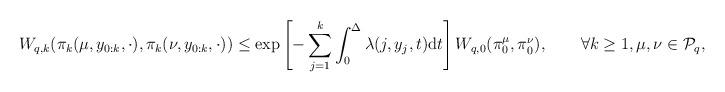
LaTeX: \begin{align*}W_{q,k}(\pi_{k}(\mu,y_{0:k},\cdot),\pi_{k}(\nu,y_{0:k},\cdot))\leq\exp\left[-\sum_{j=1}^{k}\int_{0}^{\Delta}\lambda(j,y_{j},t)\mathrm{d}t\right]W_{q,0}(\pi_{0}^{\mu},\pi_{0}^{\nu}),\qquad\forall k\geq1,\mu,\nu\in\mathcal{P}_{q},\end{align*}